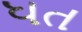
ધત